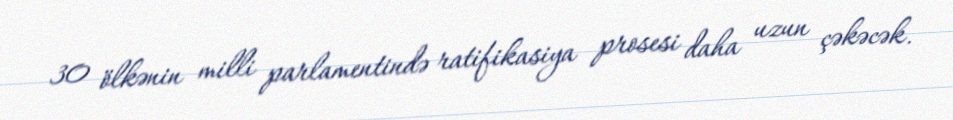
30 ölkənin milli parlamentində ratifikasiya prosesi daha uzun çəkəcək.